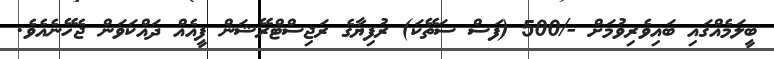
ބީލަމެއްގައި ބައިވެރިވުމަށް -/500 (ފަސް ސަތޭކަ) ރުފިޔާގެ ރަޖިސްޓްރޭޝަން ފީއެއް ދައްކަވަން ޖެހޭނެއެވެ.